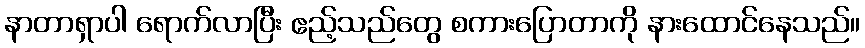
နာတာရှာပါ ရောက်လာပြီး ဧည့်သည်တွေ စကားပြောတာကို နားထောင်နေသည်။